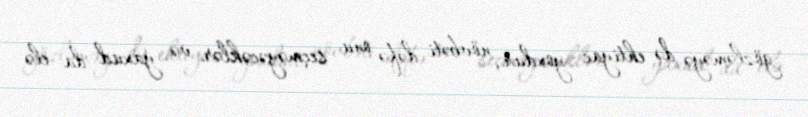
gözləməyə də ehtiyac yoxdur, növbəti dəfə onu seçməyəcəklər və yaxud da elə